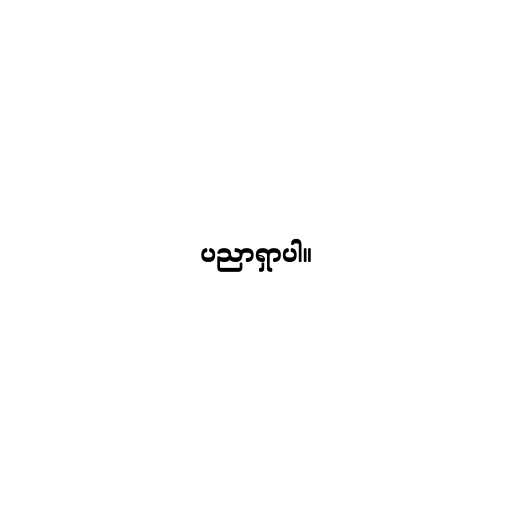
ပညာရှာပါ။